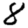
Digit: 8